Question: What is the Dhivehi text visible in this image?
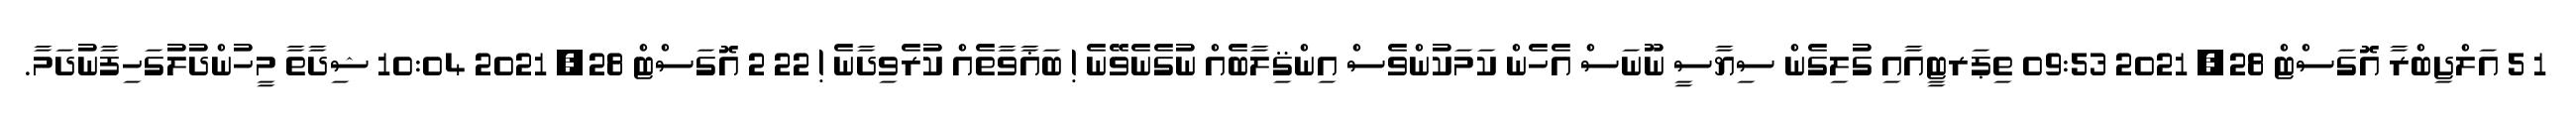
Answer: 1 5 އަލްޖިބްރާ އޮގަސްޓް 28, 2021 09:53 ތިޕަރޓީއާއި ގުލިގެން ސިޔާސީ ނޫނަސް އެހެން ކަމަކުންވެސް އިންޤިލާބެއް ނުގެނެވޭނެ ! ބަޣާވާތެއް ކުރެވިދާނެ ! 22 2 އޮގަސްޓް 28, 2021 10:04 ޝިދާތާ މީހުންދުލުގަހިފާނުދަމާ.